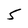
Character: 5